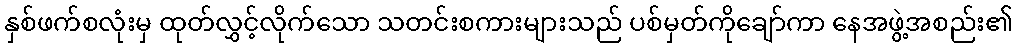
နှစ်ဖက်စလုံးမှ ထုတ်လွှင့်လိုက်သော သတင်းစကားများသည် ပစ်မှတ်ကိုချော်ကာ နေအဖွဲ့အစည်း၏